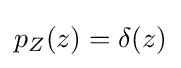
p_{Z}(z)=\delta (z)